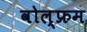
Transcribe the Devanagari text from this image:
वोल्फ्रम